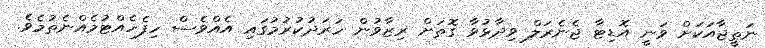
ނަތީޖާއަކަށް ވަނީ އޮޑިޓާ ޖެނެރަލް ވިދާޅުވާ ގޮތަށް ރިޒާވުން ހަރަދުކުރުމުގައި އެއްވެސް ހިފެހެއްޓުމެއްނެތުމެވެ.